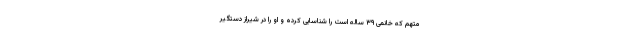
متهم که خانمی ۳۹ ساله است را شناسایی کرده و او را در شیراز دستگیر